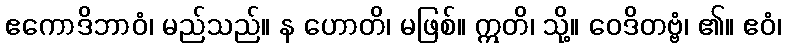
ဧကောဒိဘာဝံ၊ မည်သည်။ န ဟောတိ၊ မဖြစ်။ ဣတိ၊ သို့။ ဝေဒိတဗ္ဗံ၊ ၏။ ဧဝံ၊